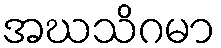
အဃသိဂမာ